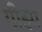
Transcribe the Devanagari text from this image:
गीझा